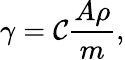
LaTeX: \gamma=\mathcal{C}\frac{{A\rho}}{{m}},